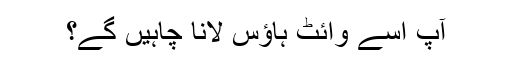
آپ اسے وائٹ ہاؤس لانا چاہیں گے؟